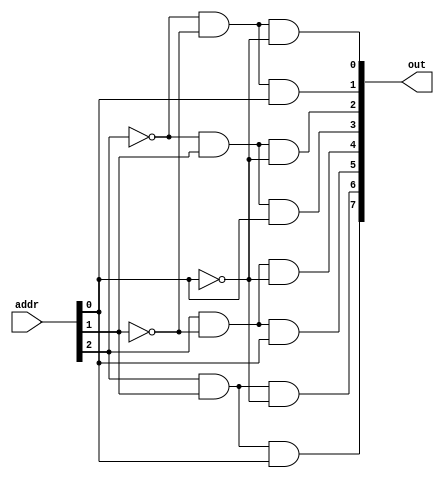
module decoder3to8(out, addr);

    input [2:0] addr; 
    output [7:0] out;
    wire not1, not2, not3;

    not n3(not3, addr[0]);
    not n4(not2, addr[1]);
    not n5(not1, addr[2]);

    and and1(out[0], not1, not2, not3);
    and and2(out[1], not1, not2, addr[0]);
    and and3(out[2], not1, addr[1], not3);
    and and4(out[3], not1, addr[1], addr[0]);
    and and5(out[4], addr[2], not2, not3);
    and and6(out[5], addr[2], not2, addr[0]);
    and and7(out[6], addr[2], addr[1], not3);
    and and8(out[7], addr[2], addr[1], addr[0]);

endmodule